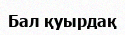
Бал қуырдақ